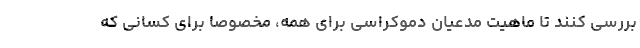
بررسی کنند تا ماهیت مدعیان دموکراسی برای همه، مخصوصا برای کسانی که